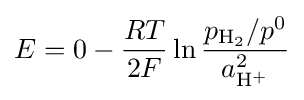
E=0-{RT \over 2F}\ln {\frac {p_{\mathrm {H_{2}} }/p^{0}}{a_{\mathrm {H^{+}} }^{2}}}